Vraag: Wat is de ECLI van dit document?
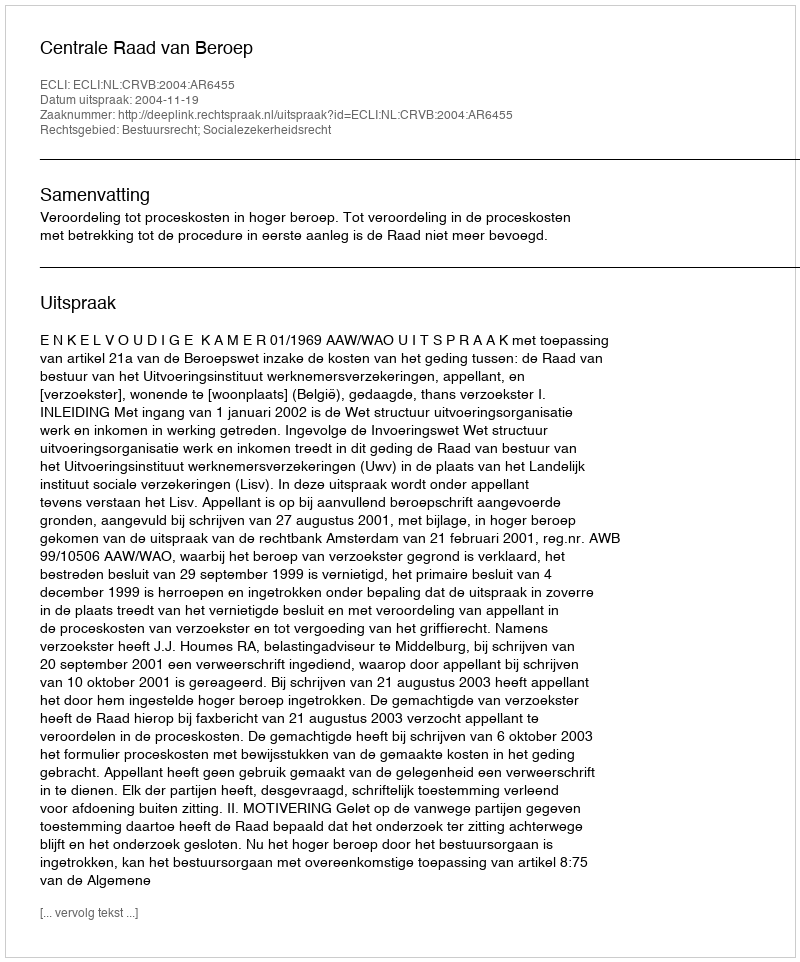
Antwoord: ECLI:NL:CRVB:2004:AR6455